Annual report on the working of the lock hospitals in the Central Provinces
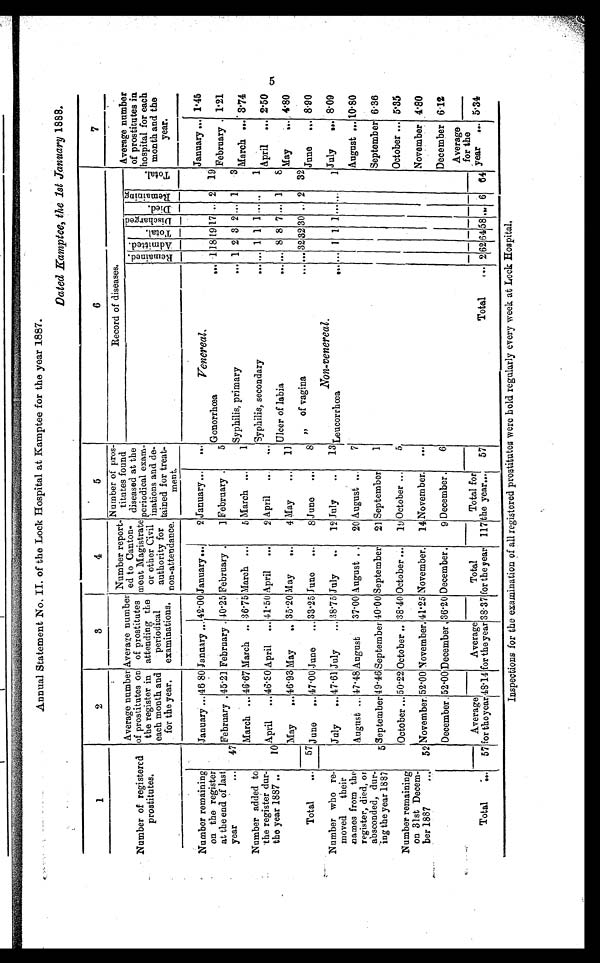
Annual Statement No. II. of the Lock Hospital at Kamptee for the year 1887.
Dated Kamptee, the 1st January 1888.
1
2
3
4
5
6
7
Number of registered
prostitutes.
Average number
of prostitutes on
the register in
each month and
for the year.
Average number
of prostitutes
attending the
periodical
examinations.
Number report-
ed to Canton
ment Magistrate
or other Civil C
i v i l a u t h o r i t y f o r
non-attendance
Num ber of pros-
titutes found
diseased at the
periodical exam-
inations and de-
tained for treat-
ment.
Record of diseases.
Average number
of prostitutes in
hospital for each
month and the
year.
Remai ned. Admi t e d.
Tot a l .
Di s c har ged.
Died.
R e m a i n i n g
T o t a l .
Number remaining
on the register
at the end of last.
year
...
January ... 46.80 January ...
42.00
January ...
2 January...
... Venereal.
January ... 1.45
47
February . 45.21 February . 40.25 February .
1 February .
5
Gonorrhœa
...
Syphilis, primary
...
1
1
1
2
19
3
17
2
.. .. 2
1
19
3
February . 1.21
Number added to
the register dur
ing the year1887 ..
March ... 46.67 March .. 36.75 March...
5 March ...
1
...
March ... 3.74
10
April
... 46.30 April ... 41.50 April
...
2 April
...
...
Syphilis, secondary
... ... 1 1 1 ... ..
1
April
... 2.50
May
... 46.93 May
.. 35.20 May
...
4 May
...
11 Ulcer of labia
... .. 8 8 7 ... 1
8
May
... 4.80
Total
... 57 J u n e . . .
47.00 June
... 33 . 25 June
...
8 June
...
8
„ of vagina
... ... 32 32 30 .. 2 32
June
... 8.90
Number who r emoved t hei r names f r om t he r egi st er , di ed, or absconded, dur i ng t he year 1887
July
... 47.61 July
... 38.75 July
..
12 July
..
13
Non-venereal.
Leucorrhœa
... 1 1 1 ...
1 July
.. 8.09
August ... 47 . 48 August
37.00 August ..
20 August ...
7
August ... 10.80
5 September 49.46 September 40.00 September 21 September
1
September 6.36
Number remai ni ng on 31st December 1887 . . .
October .. 50.22 October .. 38.40 October ...
19 October ...
5
October ... 5.35
52 November. 52.00November. 41.25 November. 14 November.
...
November 4.80
December. 52.00 December, 36.20 December .
9 December.
6
December 6.12
Total
...
57
Average
for the year48.14.
Averag
for the year 38.37
Total
f or t he year
117
Total for
the year...
57
Total
...
2 62
64
5 8 ... 6
64
Average
for the
year... 5.34